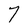
Character: 7